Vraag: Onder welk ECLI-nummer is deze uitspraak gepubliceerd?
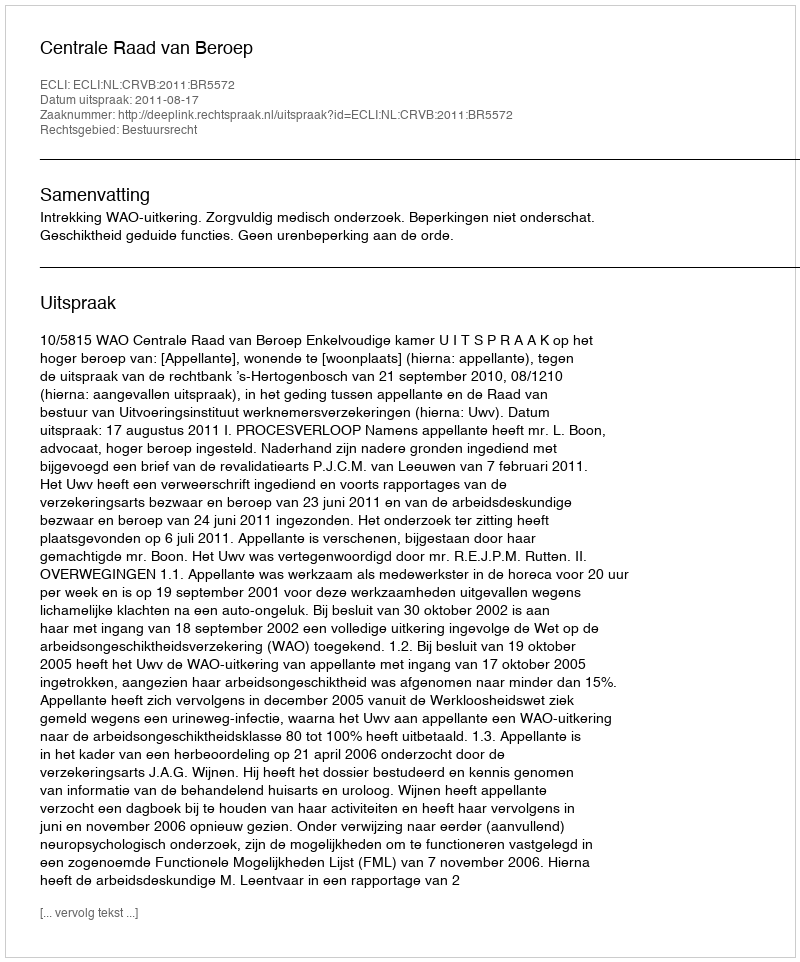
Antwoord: ECLI:NL:CRVB:2011:BR5572